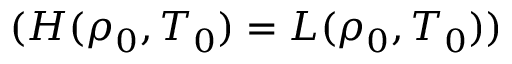
( H ( \rho _ { 0 } , T _ { 0 } ) = L ( \rho _ { 0 } , T _ { 0 } ) )